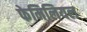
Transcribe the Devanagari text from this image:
फेमिलियल